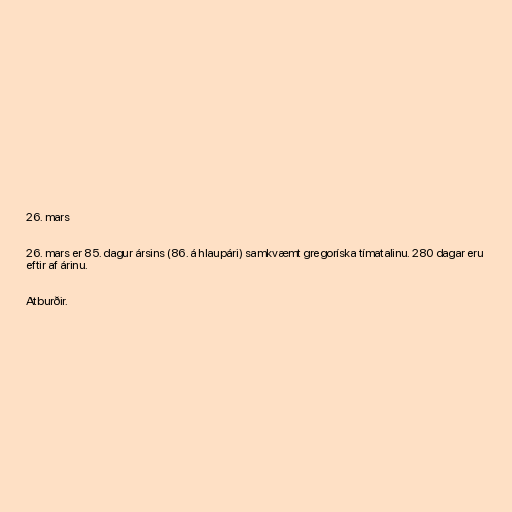
26. mars

26. mars er 85. dagur ársins (86. á hlaupári) samkvæmt gregoríska tímatalinu. 280 dagar eru
eftir af árinu.

Atburðir.